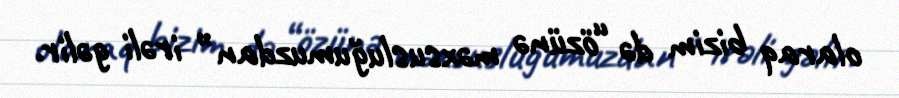
olaraq bizim də “özünə məxsusluğumuzdan” irəli gəlir.